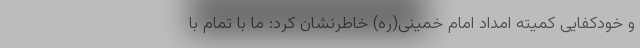
و خودکفایی کمیته امداد امام خمینی(ره) خاطرنشان کرد: ما با تمام با